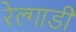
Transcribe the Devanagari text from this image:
रेल्गाडी